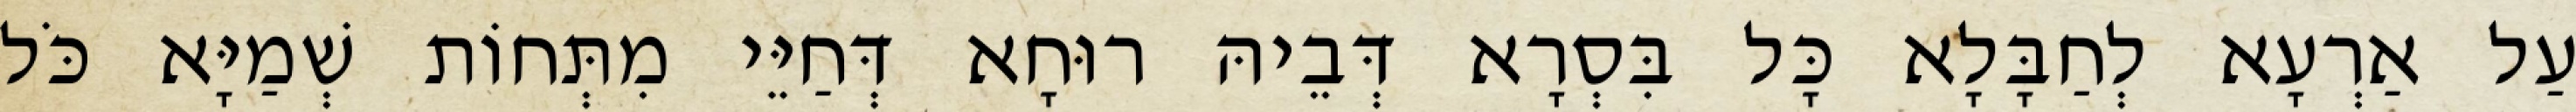
עַל אַרְעָא לְחַבָּלָא כָּל בִּסְרָא דְּבֵיהּ רוּחָא דְּחַיֵּי מִתְּחוֹת שְׁמַיָּא כֹּל